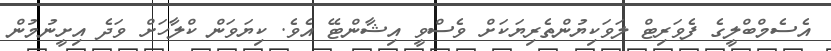
އެސެމްބްލީގެ ފެވަރިޓް ލަވަކިޔުންތެރިޔަކަށް ވެސްވީ އިޝާންޓޭ އެވެ. ކިޔަވަން ކްލާހަށް ވަދެ އިށީނުމުން